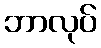
ဘာလုပ်